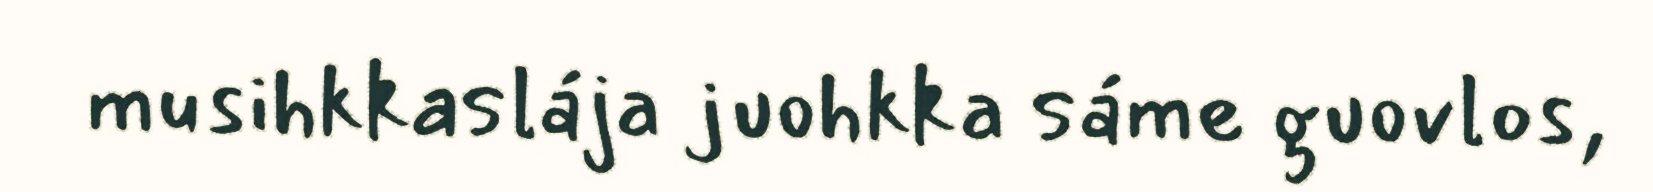
musihkkaslája juohkka sáme guovlos,